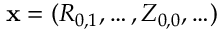
\mathbf { x } = ( R _ { 0 , 1 } , \ldots , Z _ { 0 , 0 } , \ldots )